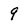
Character: 9